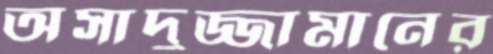
অসাদুজ্জামানের